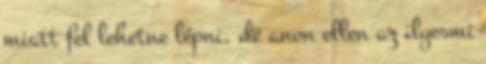
miatt fel lehetne lépni, de anon ellen az ilyesmi